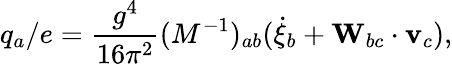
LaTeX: q_{a}/e=\frac{g^{4}}{16\pi^{2}}(M^{-1})_{ab}(\dot{\xi}_{b}+{\mathbf W}_{bc}\cdot{\mathbf v}_{c}),